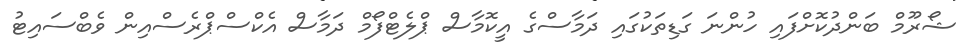
ޝޯރޫމް ބަންދުކޮށްފައި ހުންނަ ގަޑިތަކުގައި ދަމާސްގެ އީކޮމާސް ޕްލެޓްފޯމް ދަމާސް އެކްސްޕްރެސްއިން ވެބްސައިޓު